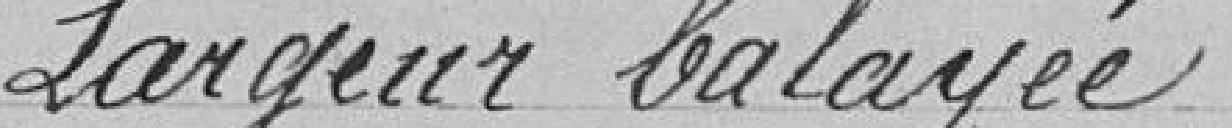
Largeur balayée